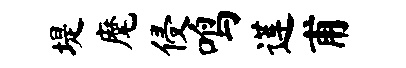
堤麾侵鸣莲甫